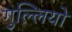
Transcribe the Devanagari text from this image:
गुल्लियों